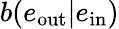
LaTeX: b(e_{\mathrm{out}}|e_{\mathrm{in}})